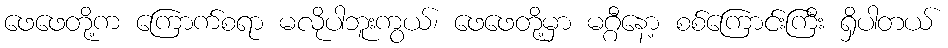
ဖေဖေတို့က ကြောက်စရာ မလိုပါဘူးကွယ်၊ ဖေဖေတို့မှာ မဂ္ဂီနော့ စစ်ကြောင်းကြီး ရှိပါတယ်